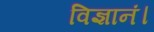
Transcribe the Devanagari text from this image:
विज्ञानं।